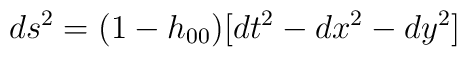
ds^2 = (1 - h_{00})[dt^2 -dx^2 -dy^2]